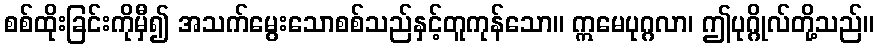
စစ်ထိုးခြင်းကိုမှီ၍ အသက်မွေးသောစစ်သည်နှင့်တူကုန်သော။ ဣမေပုဂ္ဂလာ၊ ဤပုဂ္ဂိုလ်တို့သည်။